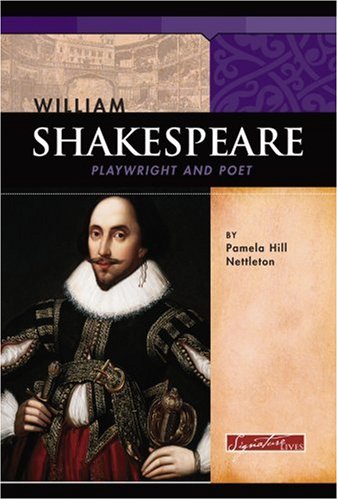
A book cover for William Shakespeare: Playwright and Poet (Signature Lives: Renaissance Era); Pamela Hill Nettleton; Children's Books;